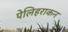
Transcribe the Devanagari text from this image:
पेलिहराकन